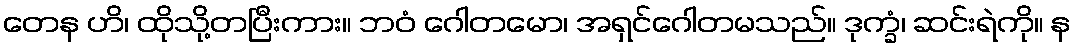
တေန ဟိ၊ ထိုသို့တပြီးကား။ ဘဝံ ဂေါတမော၊ အရှင်ဂေါတမသည်။ ဒုက္ခံ၊ ဆင်းရဲကို။ န